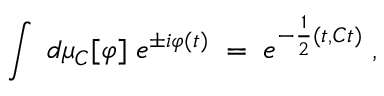
\int \; d \mu _ { C } [ \varphi ] \; e ^ { \pm i \varphi ( t ) } \; = \; e ^ { - \frac { 1 } { 2 } ( t , C t ) } \; ,